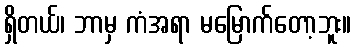
ရှိတယ်၊ ဘာမှ ကံအရာ မမြောက်တော့ဘူး။